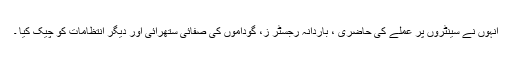
انہوں نے سینٹروں پر عملے کی حاضری ، باردانہ رجسٹر ز، گوداموں کی صفائی ستھرائی اور دیگر انتظامات کو چیک کیا ۔